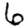
Digit: 6